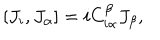
{ [ } J _ { i } , J _ { \alpha } ] = i C _ { i \alpha } ^ { \beta } J _ { \beta } ,